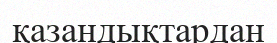
қазандықтардан